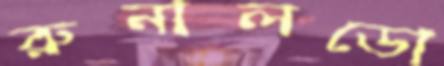
রুনালডো